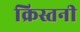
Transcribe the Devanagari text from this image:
क्रिस्तनी